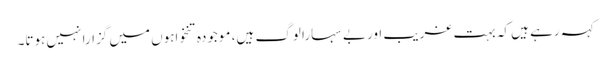
کہہ رہے ہیں کہ بہت غریب اور بے سہارا لوگ ہیں، موجودہ تنخواہوں میں گزارا نہیں ہوتا۔